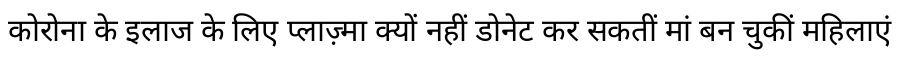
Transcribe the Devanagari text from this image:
कोरोना के इलाज के लिए प्लाज़्मा क्यों नहीं डोनेट कर सकतीं मां बन चुकीं महिलाएं